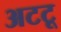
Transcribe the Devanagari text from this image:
अटटू